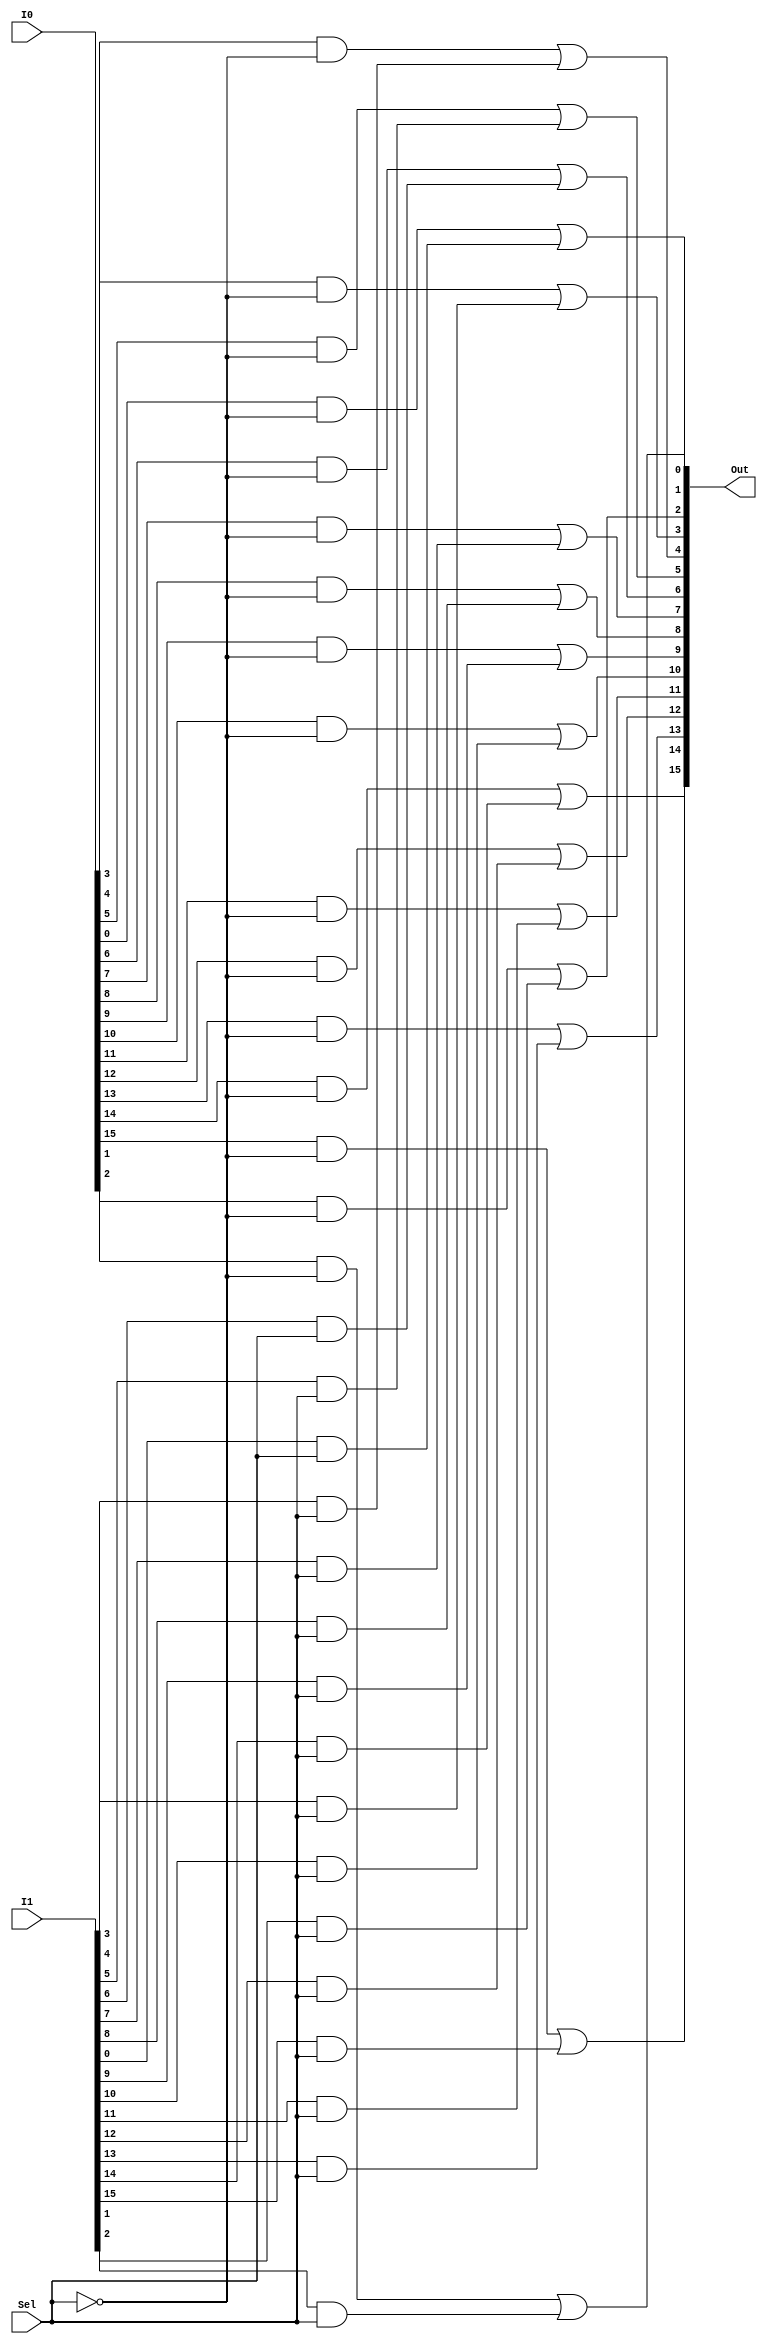
`timescale 1ns/1ns

module Mux2to1_16bit(I0, I1, Sel, Out);

input [15:0] I0, I1;
input Sel;
output [15:0] Out;

wire SelBar;
wire [15:0] OutI0, OutI1;

not SELBAR(SelBar, Sel);

genvar i;
generate
	for(i = 0; i < 16; i = i + 1) begin
		and OUTI0(OutI0[i], I0[i], SelBar);
		and OUTI1(OutI1[i], I1[i], Sel);
		or #5 OUT0(Out[i], OutI0[i], OutI1[i]);
	end
endgenerate

endmodule